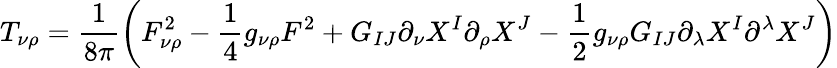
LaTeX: T_{\nu\rho}=\frac{1}{8\pi}\left(F_{\nu\rho}^{2}-\frac 14g_{\nu\rho}F^{2}+G_{IJ}\partial_{\nu}X^{I}\partial_{\rho}X^{J}-\frac 12g_{\nu\rho}G_{IJ}\partial_{\lambda}X^{I}\partial^{\lambda}X^{J}\right)